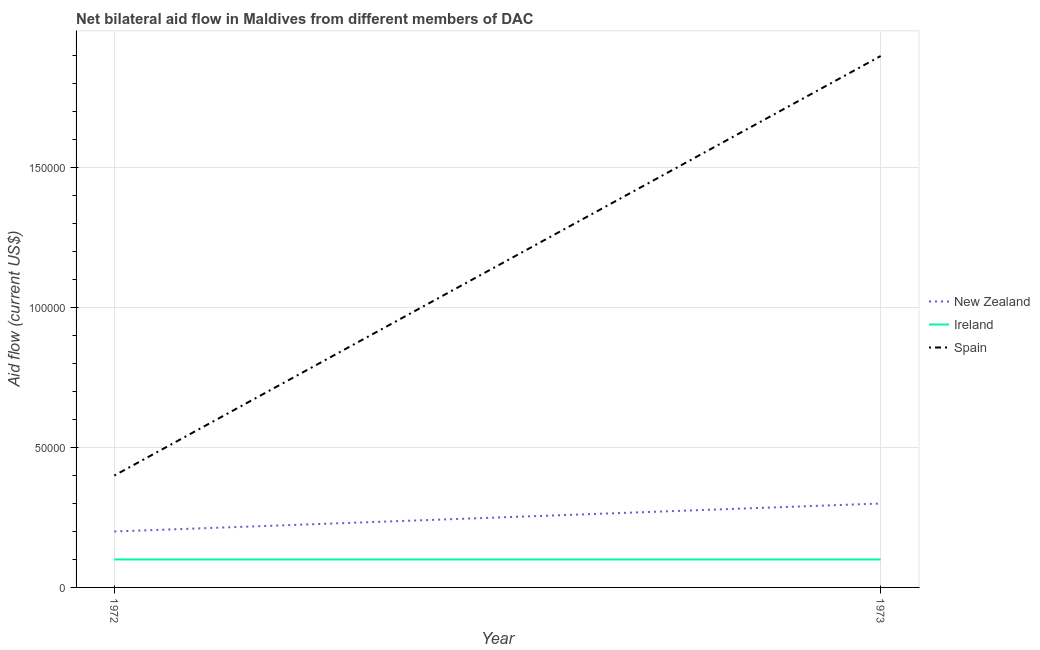
| Year | New Zealand | Ireland | Spain |
 | --- | --- | --- | --- |
 | 1972 | 2e+04 | 1e+04 | 4e+04 |
 | 1973 | 3e+04 | 1e+04 | 1.9e+05 |